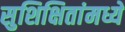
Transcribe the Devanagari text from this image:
सुशिक्षितांमध्ये